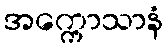
အက္ကောသာနံ